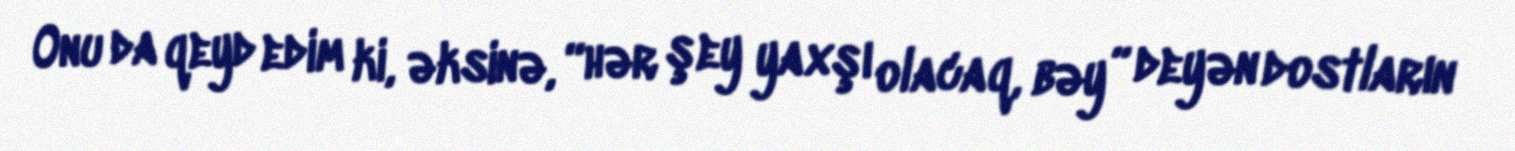
Onu da qeyd edim ki, əksinə, “hər şey yaxşı olacaq, bəy” deyən dostların